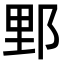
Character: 𨛋